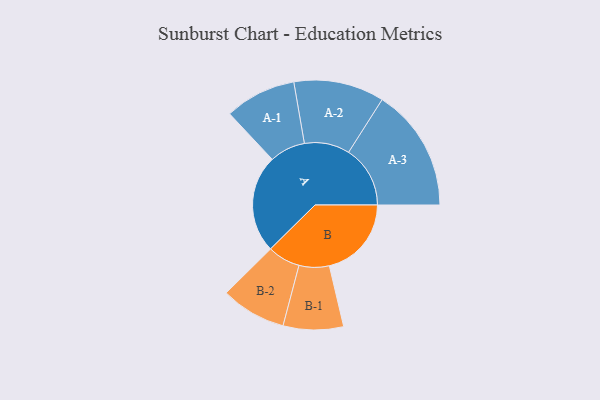
{"axis": {"x": "Segment", "y": "Value"}, "legend": ["", "A", "B"], "data": [{"x": "A", "y": 420, "type": ""}, {"x": "B", "y": 352, "type": ""}, {"x": "A-1", "y": 153, "type": "A"}, {"x": "A-2", "y": 194, "type": "A"}, {"x": "A-3", "y": 264, "type": "A"}, {"x": "B-1", "y": 129, "type": "B"}, {"x": "B-2", "y": 140, "type": "B"}]}